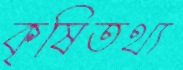
কৃষিতথ্য